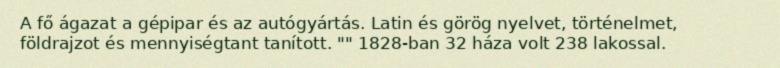
A fő ágazat a gépipar és az autógyártás. Latin és görög nyelvet, történelmet, földrajzot és mennyiségtant tanított. "" 1828-ban 32 háza volt 238 lakossal.